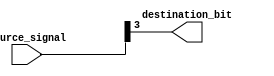
module bit_select_assign(
    input [7:0] source_signal,
    output reg destination_bit
);

always @(*) begin
    destination_bit = source_signal[3]; // Assigning bit 3 from source_signal to destination_bit
end

endmodule